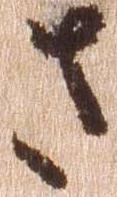
さ